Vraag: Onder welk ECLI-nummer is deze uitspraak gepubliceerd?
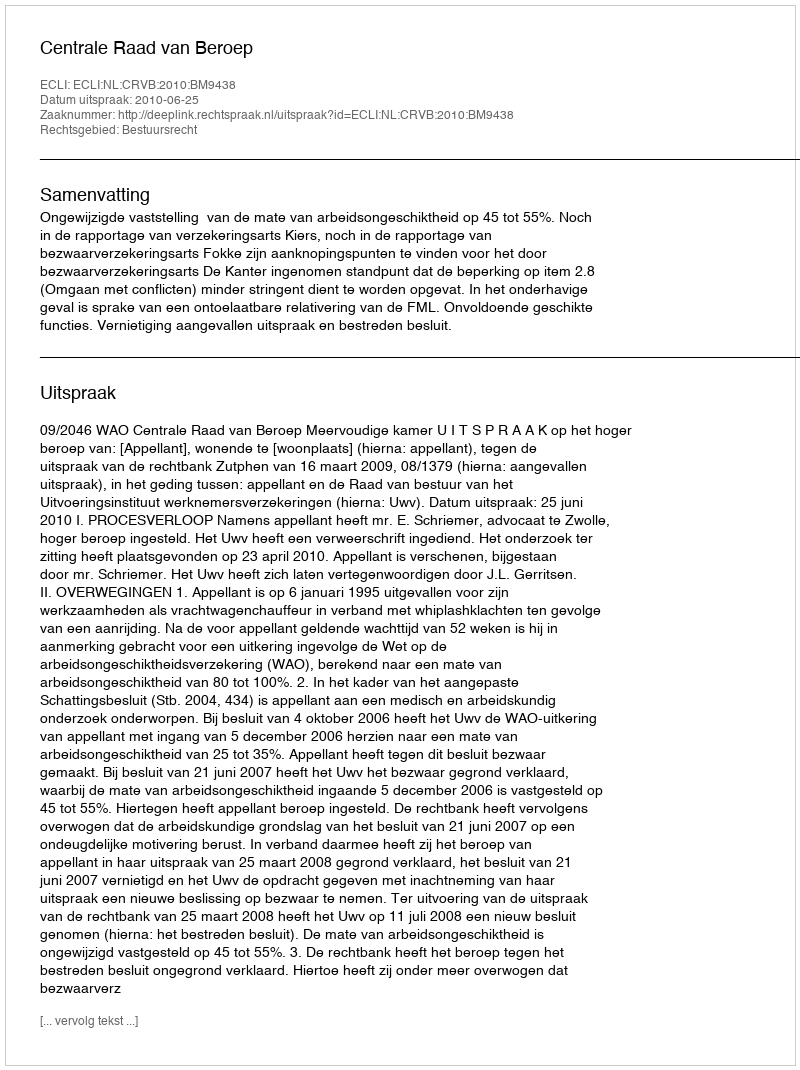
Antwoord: ECLI:NL:CRVB:2010:BM9438